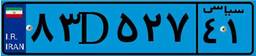
۴۷D۷۴۵۴۸